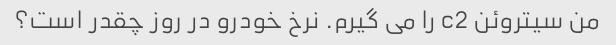
من سیتروئن c2 را می گیرم. نرخ خودرو در روز چقدر است؟